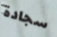
سجادة